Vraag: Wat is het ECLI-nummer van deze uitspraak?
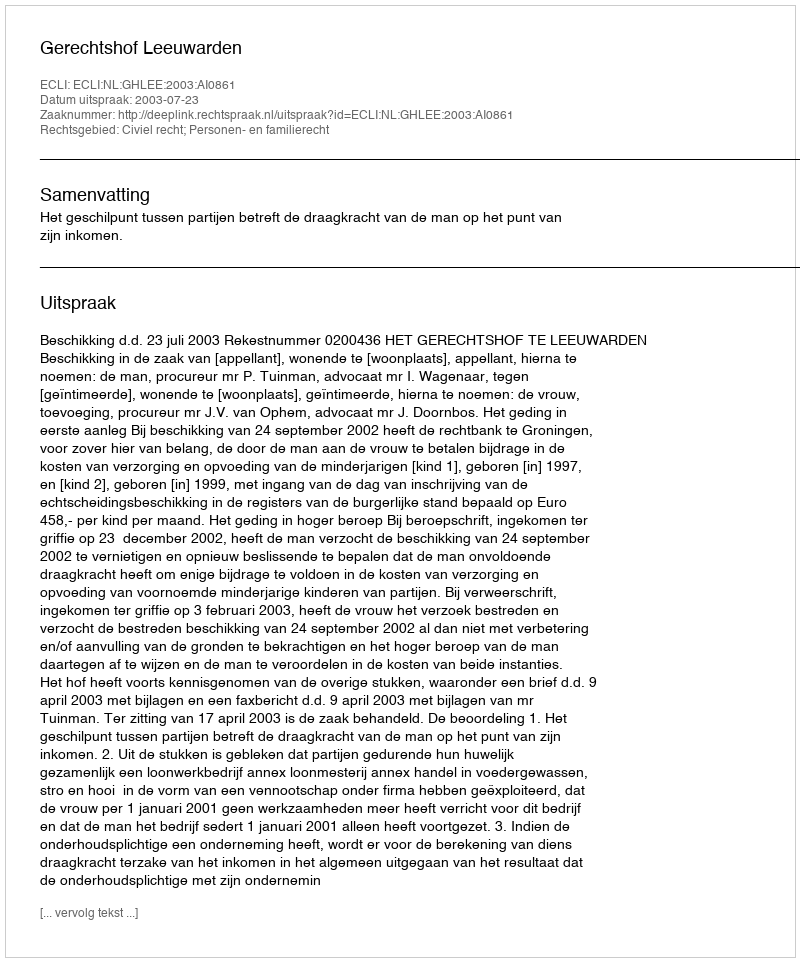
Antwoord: ECLI:NL:GHLEE:2003:AI0861